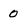
Character: 0